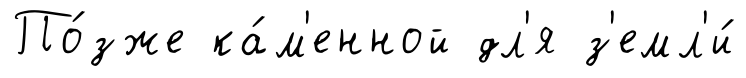
По́зже ка́м'енной дл'я з'емл'и́